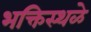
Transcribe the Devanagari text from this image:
भक्तिस्थळे